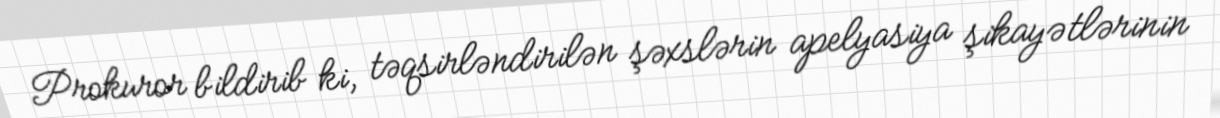
Prokuror bildirib ki, təqsirləndirilən şəxslərin apelyasiya şikayətlərinin